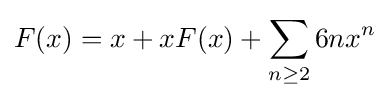
F(x)=x+xF(x)+\sum _{n\geq 2}6nx^{n}